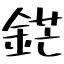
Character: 鋩